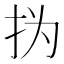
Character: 㧑